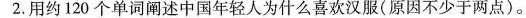
2.用约120个单词阐述中国年轻人为什么喜欢汉服(原因不少于两点).